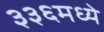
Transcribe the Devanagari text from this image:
३३६मध्ये